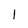
Character: 1